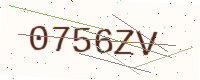
Text: 0756ZV